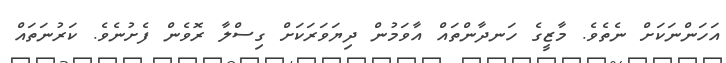
އަހަންނަކަށް ނެތެވެ. މާޒީގެ ހަނދާންތައް އާވަމުން ދިޔަވަރަކަށް ގިސްލާ ރޮވެން ފެށުނެވެ. ކަރުނަތައް